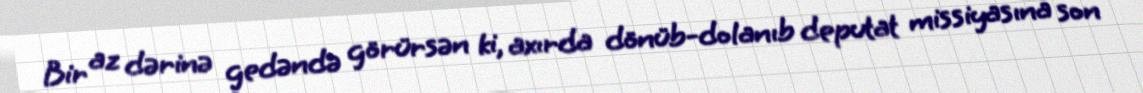
Bir az dərinə gedəndə görürsən ki, axırda dönüb-dolanıb deputat missiyasına son